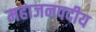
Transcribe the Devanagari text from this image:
महाजनपदीय